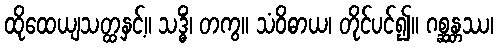
ထိုထေယျသတ္ထနှင့်။ သဒ္ဓိံ၊ တကွ။ သံဝိဓာယ၊ တိုင်ပင်၍။ ဂစ္ဆန္တဿ၊